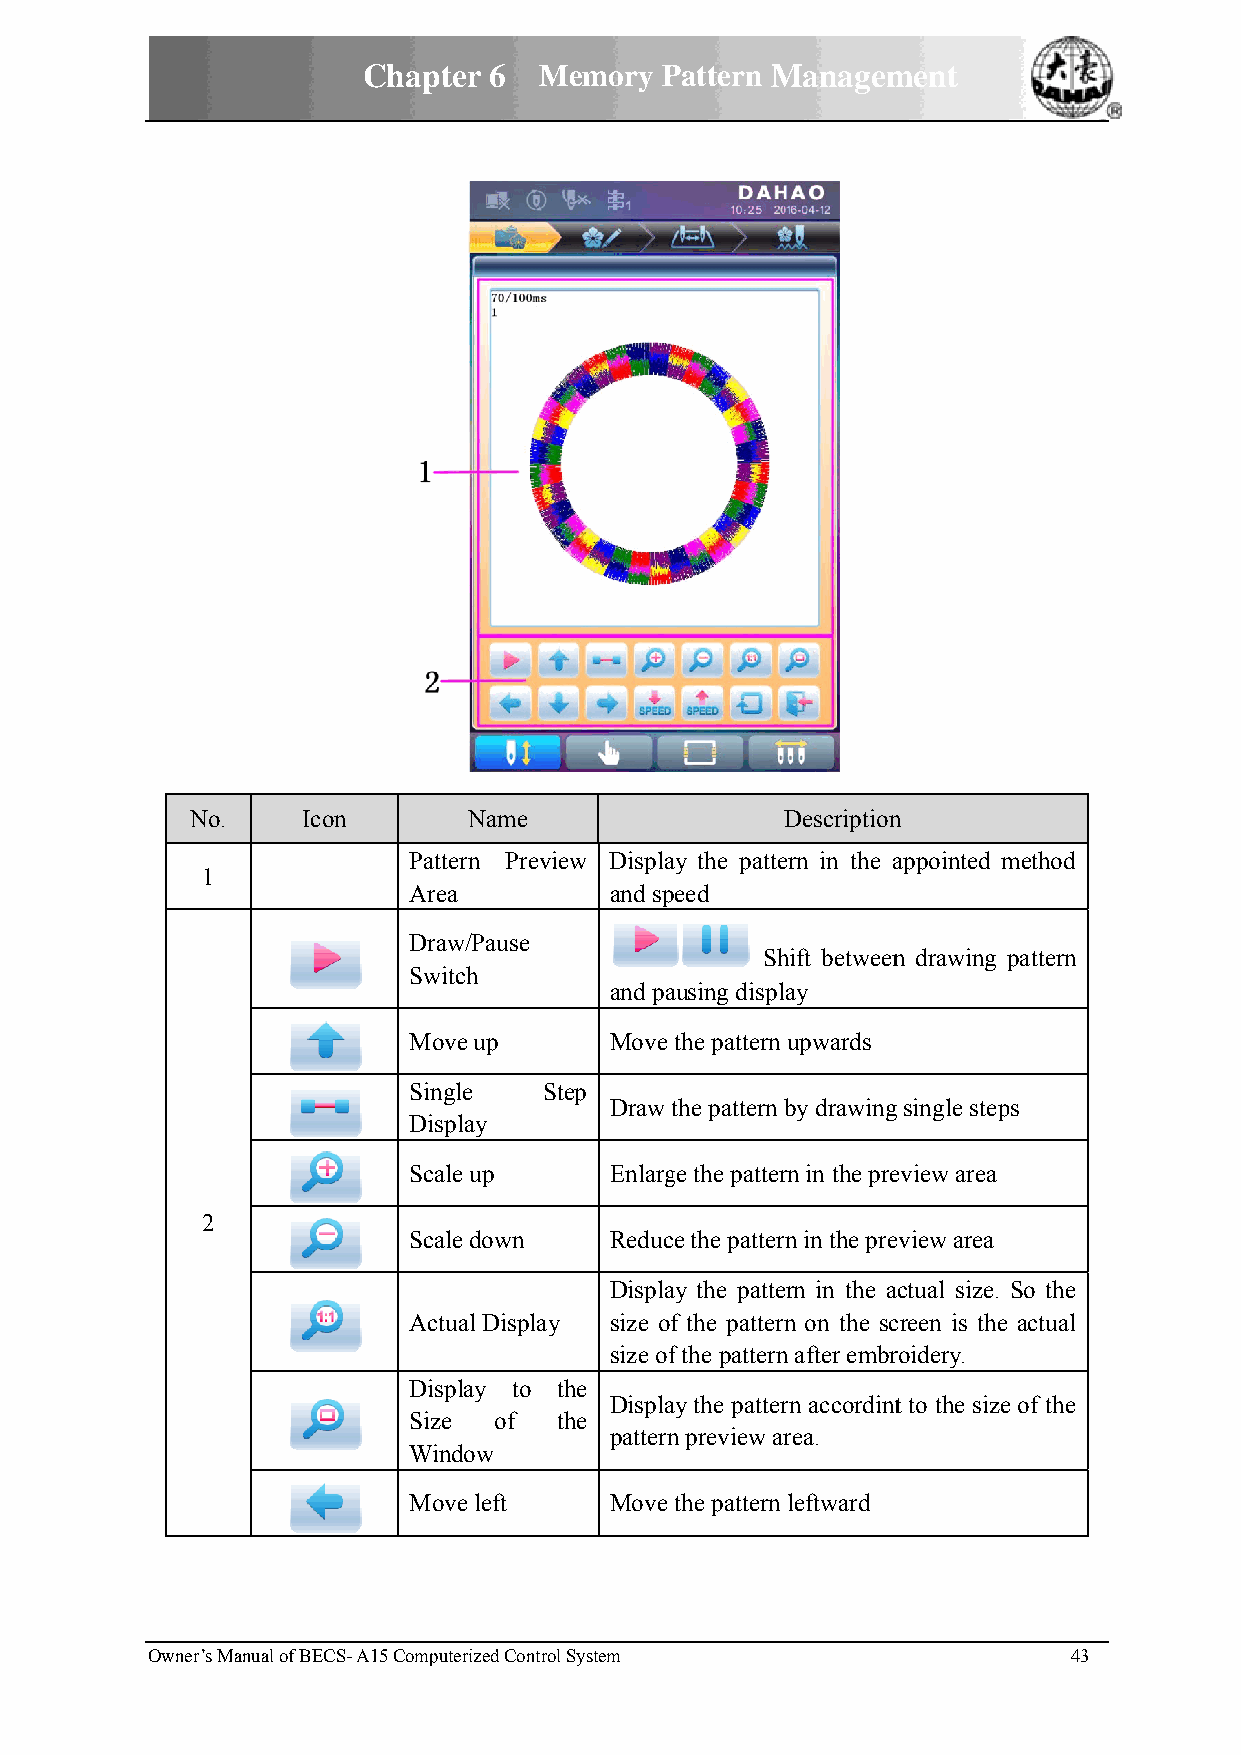
Chaptter 6  MMemory PPattern MManagemment
 No..   Iconn      Name                 Descriptionn
 Pattern Previeew Displaay the patteern in the aappointed mmethod
 1
 Areaa        and sppeed
 Draww/Pause
 Shhift betweenn drawing ppattern
 Switch
 and paausing display
 Movve up     Move the pattern upwards
 Singgle  Sttep
 Draw tthe pattern bby drawingg single stepps
 Dispplay
 Scalle up    Enlargge the patterrn in the preeview area
 2
 Scalle down  Reducce the patterrn in the preeview area
 Displaay the patteern in the aactual size. So the
 Actuual Display size off the patternn on the sccreen is the actual
 size off the patternn after embrroidery.
 Dispplay to tthe
 Displaay the patterrn accordintt to the sizee of the
 Sizee of  tthe
 patternn preview arrea.
 Winndow
 Movve left   Move the pattern leftward
 Owner’s MManual of BECS- A15 Computerized Controll System    43